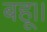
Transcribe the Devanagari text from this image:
बहू।।